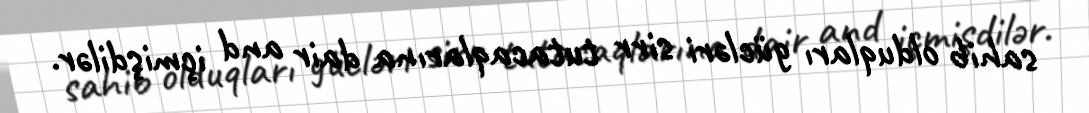
sahib olduqları gücləri sirr tutacaqlarına dair and içmişdilər.